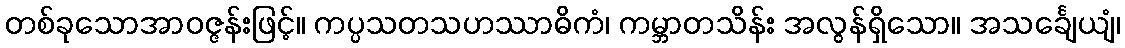
တစ်ခုသောအာဝဇ္ဇန်းဖြင့်။ ကပ္ပသတသဟဿာဓိကံ၊ ကမ္ဘာတသိန်း အလွန်ရှိသော။ အသင်္ချေယျံ၊